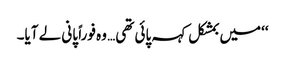
‘‘میں بمشکل کہہ پائی تھی… وہ فوراً پانی لے آیا۔